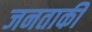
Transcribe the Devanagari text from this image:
जनताकी